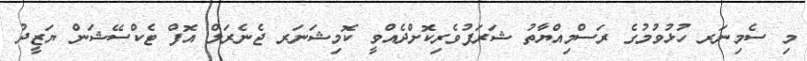
މި ސެމިނަރ ހުޅުވުމުގެ ރަސްމިއްޔާތު ޝަރަފުވެރިކޮށްދެއްވީ ކޮމިޝަނަރ ޖެނެރަލް އޮފް ޓެކްސޭޝަން ޔަޒީދު